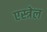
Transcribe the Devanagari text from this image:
एस्त्रेल